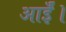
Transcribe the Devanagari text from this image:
आईँ।